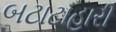
બટાટાહારી